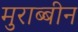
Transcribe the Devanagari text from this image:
मुराब्बीन